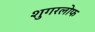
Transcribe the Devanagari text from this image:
शुगरलोफ